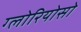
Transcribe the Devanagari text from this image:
ग्लोरियोसो